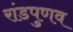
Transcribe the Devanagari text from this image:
रांडपुणव